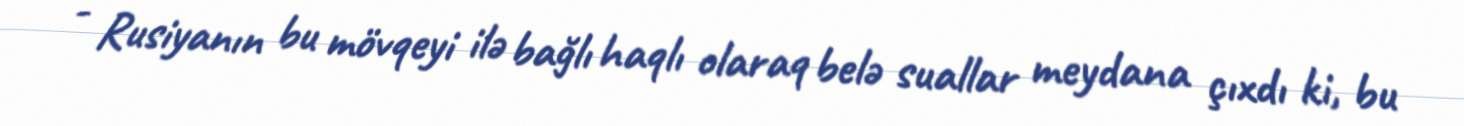
- Rusiyanın bu mövqeyi ilə bağlı haqlı olaraq belə suallar meydana çıxdı ki, bu